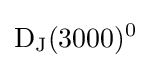
{\rm {D_{J}(3000)^{0}}}